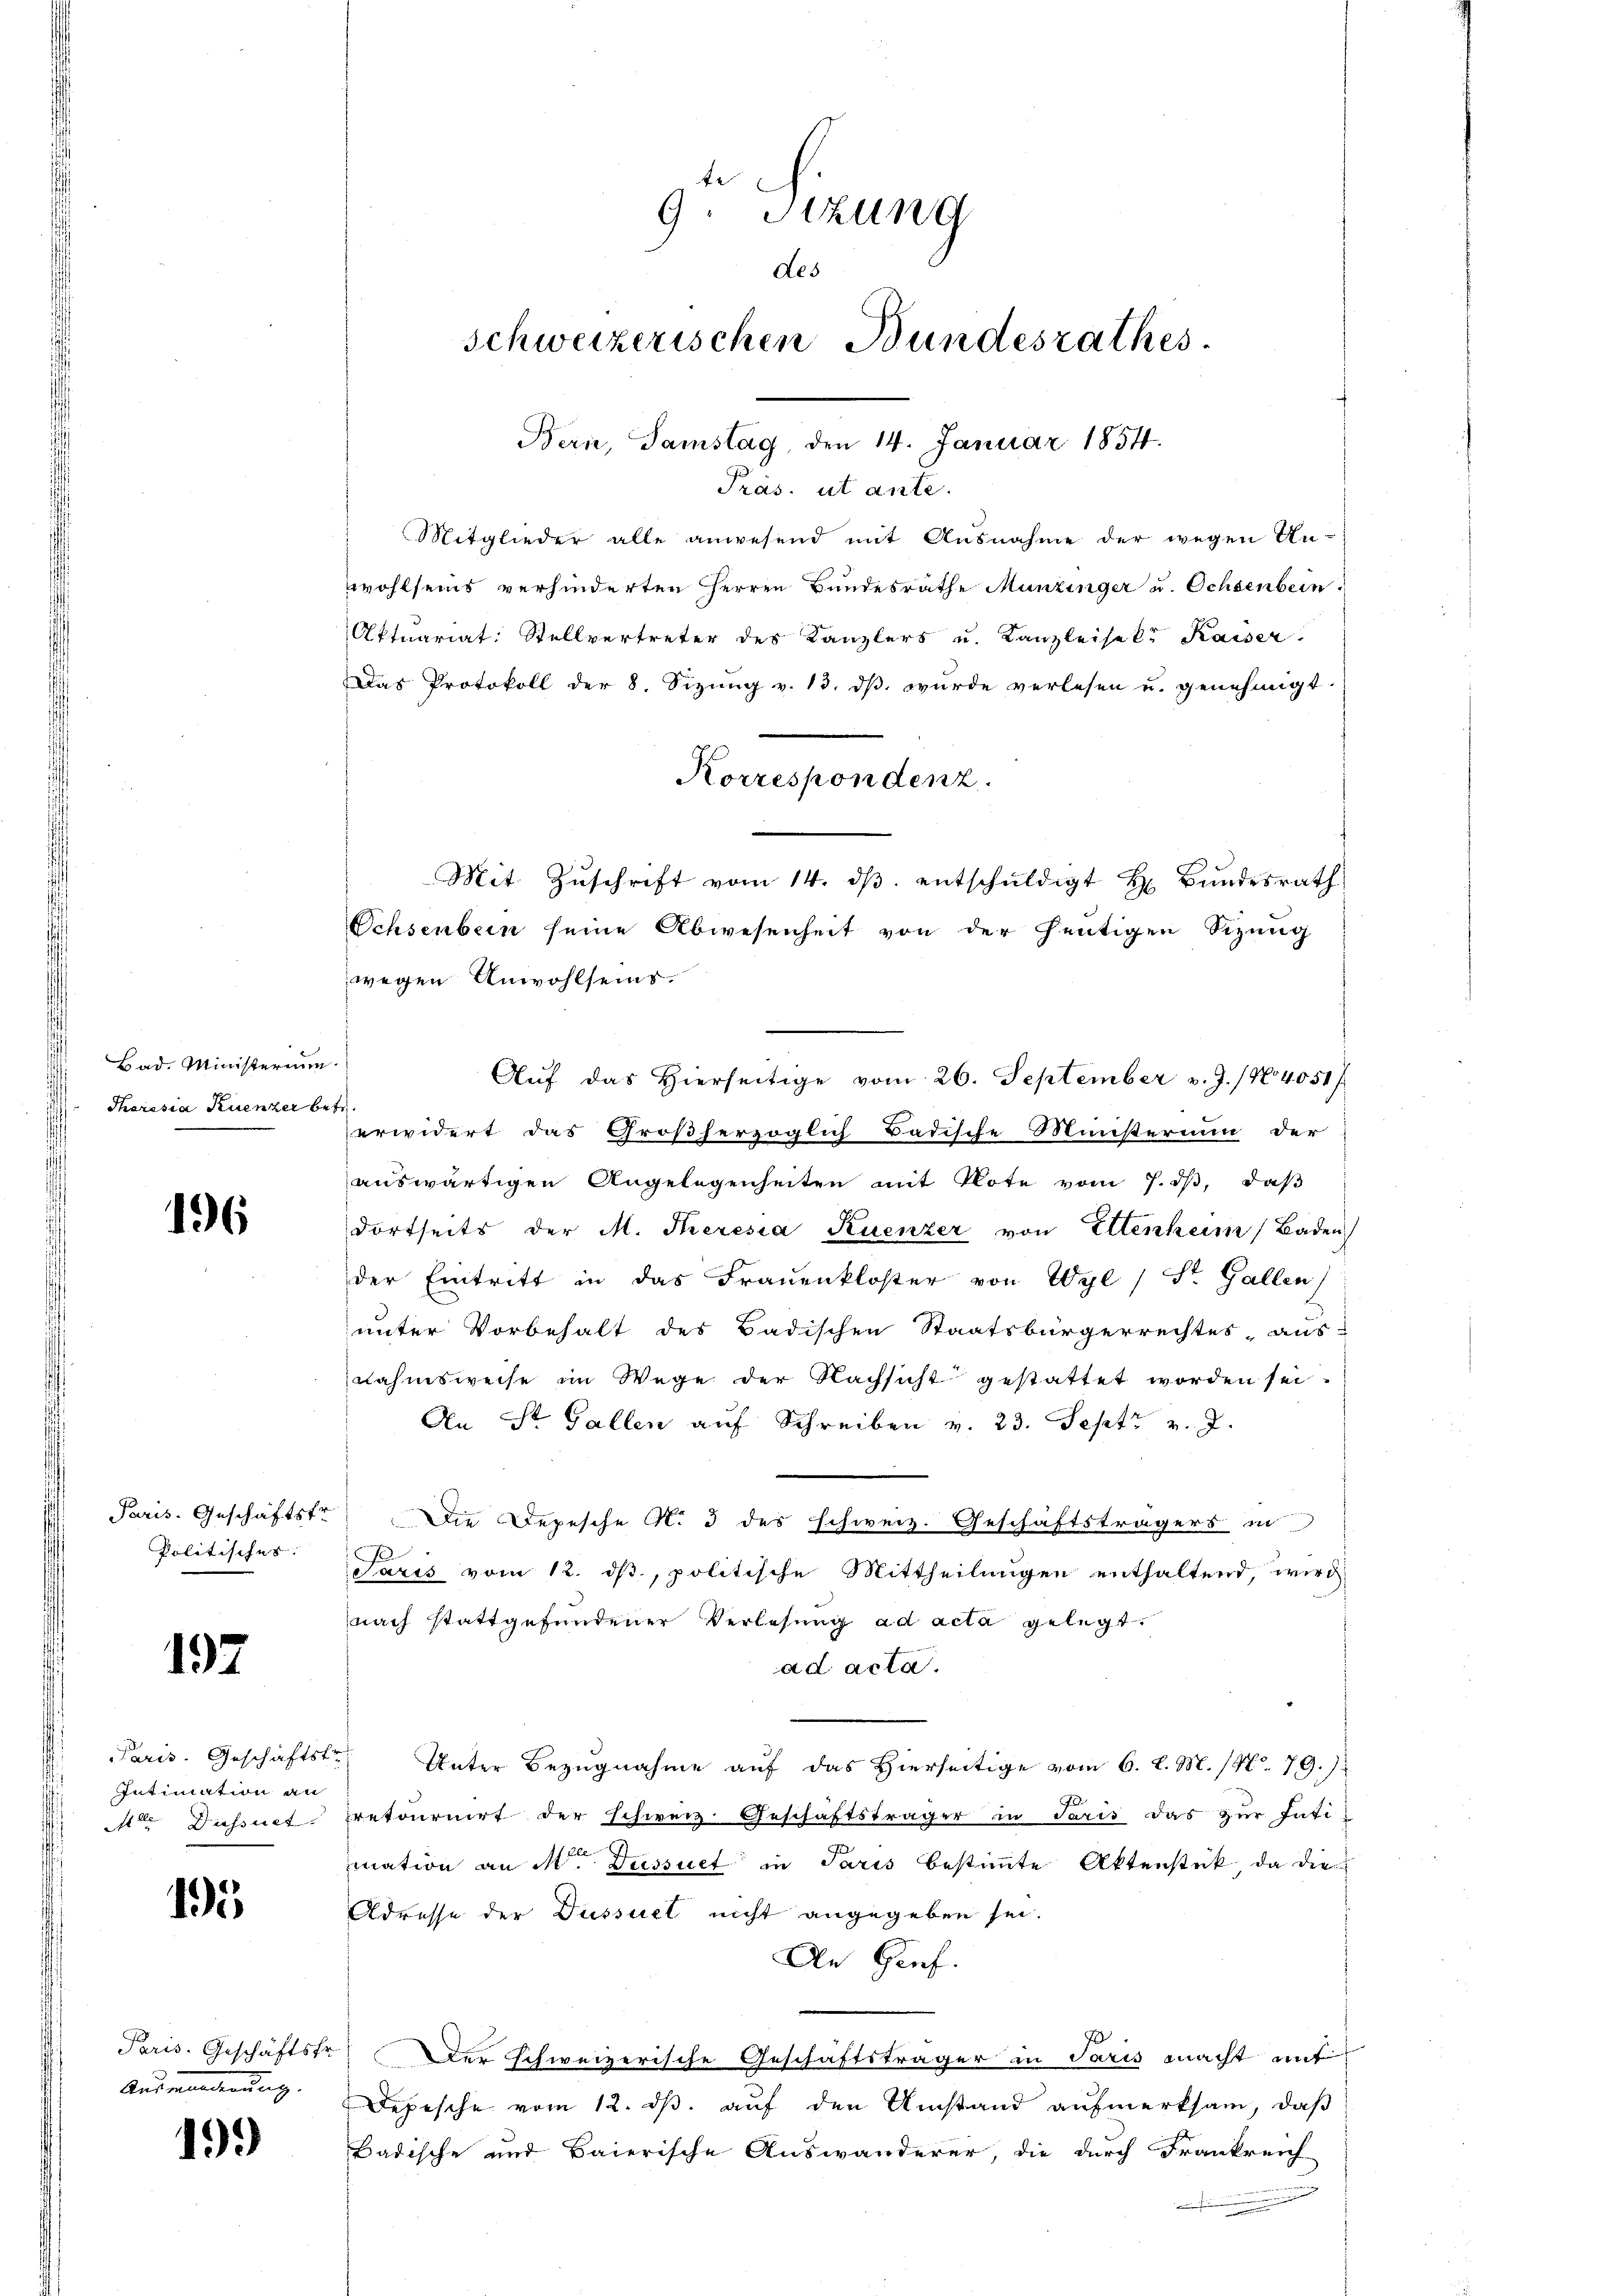
Bad. Ministerium.
Theresia Ruenzer betr.

196

Politisches:

192

Intimation an

195

Auswanderung.

19.)

Präs. ut ante.
Mitglieder alle anwesend mit Ausnahme der wegen An-
wohlseis verhinderten Herren Bundesräthe Munzinger u. Ochsenbein.
Aktuariat: Stellvertreter des Kanzlers u. Kanzleisek. Kaiser.
Das Protokoll der 8. Sizŭng v. 13. dβ wurde verlesen u. genehmigt.
Ochsenbein seine Abwesenheit von der heutigen Sizung
wegen Anwohlseins.
Auf das Hierseitige vom 26. September v. J. / No 4051/
erwidert das Großherzoglich Badische Ministerium der
auswärtigen Angelegenheiten mit Plote vom 7. dβ, daß
dortseits der M. Theresia Ruenzer von Ettenheim Baden
der Eintritt in das Frauenkloster von Wyl / St. Gallen
unter Vorbehalt des Badischen Staatsbürgerrechtes aus-
nahmsweise im Wege der Nachsicht gestattet worden sei.
An St. Gallen aŭf Schreiben v. 23. Sept v. J.
Paris. Geschäftstr. Die Depesche N. 3 des Schweiz. Geschäftsträgers in
Paris vom 12. ds, politische Mittheilungen enthaltend, wird
nach stattgefundener Verlesung ad acta gelegt.
ad acta.
Paris. Geschäftstr. Unter Bezugnahme auf das Hierseitige vom 6. d. M. (N. 79.)
de Dessnet pretournirt der schweiz. Geschäftsträger in Paris das zur Inti-
mation an M. Dessiet in Paris bestimmte Aktenstück, da die
Adresse der Dussuet nicht angegeben sei.
An Gief.
Paris. Geschäftstr. Der schweizerische Geschäftsträger in Paris macht mit
Depesche vom 12. ds. auf den Umstand aufmerksam, daß
Badische und Baierische Auswanderer, die durch Frankreich
u

te
9. Sitzung
des
schweizerischen Bundesrathes.
Bern, Samstag, den 14. Januar 1854.

Korrespondenz.
Mit Zŭschrift vom 14. dβ. entschuldigt H. Bundesrath